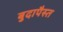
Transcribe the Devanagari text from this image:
बुदापैस्त